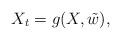
LaTeX: \begin{align*}X_t= g(X, \tilde w), \end{align*}